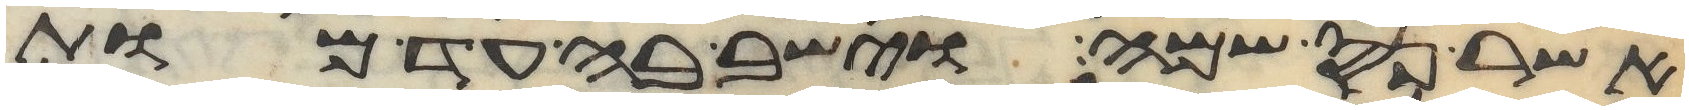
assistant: אשר נס שמה וישב בה עד מות